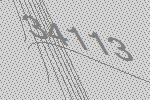
34113